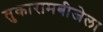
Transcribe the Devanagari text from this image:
तुकारामबीजेला